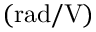
\mathrm { ( r a d / V ) }